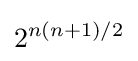
2^{n(n+1)/2}